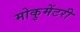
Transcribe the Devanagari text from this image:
मोकुमेंटरी